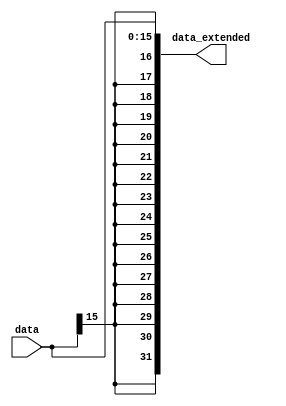
module sign_extender16_32(
    input wire [15:0] data, 
    output wire [31:0] data_extended
);
    assign data_extended = {{16{data[15]}}, data[15:0]};

endmodule